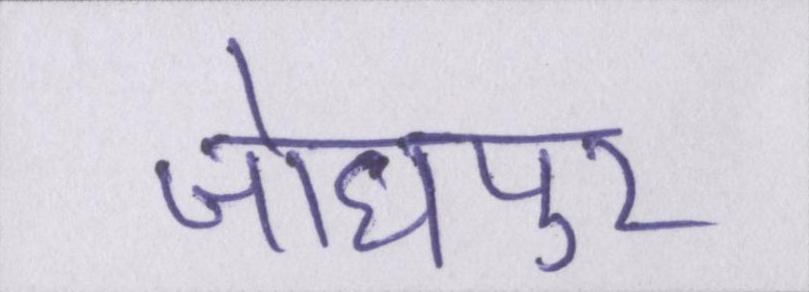
जोधपुर